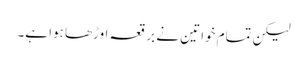
لیکن تمام خواتین نے برقعہ اوڑھا ہوا ہے۔